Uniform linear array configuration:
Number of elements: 16
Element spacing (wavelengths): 0.5
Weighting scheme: hamming
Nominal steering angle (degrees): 0
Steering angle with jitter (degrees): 1.544
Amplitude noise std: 0.05
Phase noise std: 0.05

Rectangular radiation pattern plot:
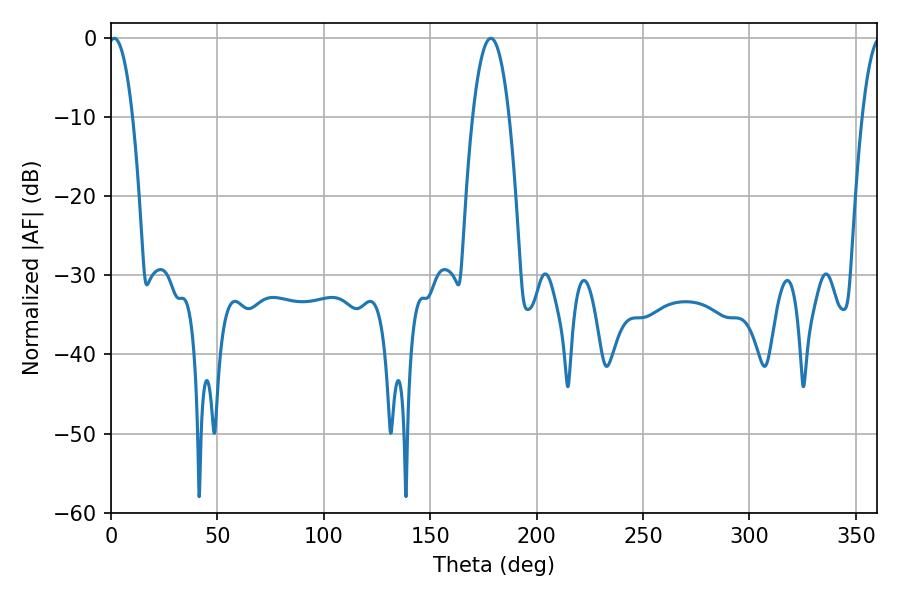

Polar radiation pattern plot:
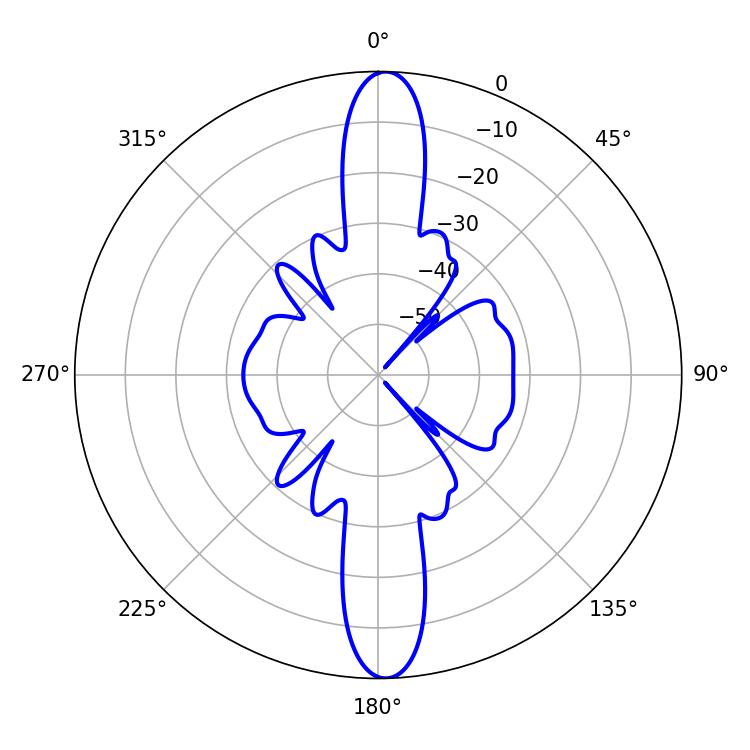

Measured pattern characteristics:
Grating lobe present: FALSE
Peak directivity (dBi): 23.222
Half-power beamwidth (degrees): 6.3
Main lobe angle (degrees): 1.44